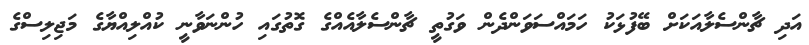
އަދި ޗާންސެލާއަކަށް ބޭފުޅަކު ހަމައްސަވަންދެން ވަގުތީ ޗާންސެލާއެއްގެ ގޮތުގައި ހުންނަވާނީ ކުއްލިއްޔާގެ މަޖިލިސްގެ